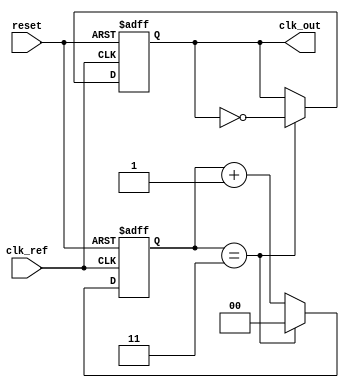
module high_performance_pll (
    input wire clk_ref,          // Reference clock input
    input wire reset,            // Asynchronous reset
    output wire clk_out          // Output clock
);

    // Parameters
    parameter DIV_FACTOR = 4;    // Frequency divider factor
    parameter VCO_MAX_FREQ = 100; // Maximum VCO frequency (arbitrary units)
    parameter VCO_MIN_FREQ = 10;  // Minimum VCO frequency (arbitrary units)

    // Internal signals
    reg [1:0] phase_error;        // Phase error signal from phase detector
    reg [7:0] control_voltage;     // Control voltage for VCO
    reg [7:0] vco_freq;            // Current frequency of VCO
    reg [7:0] filtered_voltage;     // Filtered control voltage
    reg clk_div;                   // Divided clock signal
    reg [1:0] divider_count;       // Divider counter

    // Phase Detector (Simple XOR for demonstration)
    always @(posedge clk_ref or posedge reset) begin
        if (reset) begin
            phase_error <= 2'b00;
        end else begin
            // Compare reference clock with divided output clock
            phase_error <= (clk_ref ^ clk_div) ? 2'b01 : 2'b00; // Simple phase error detection
        end
    end

    // Charge Pump
    always @(posedge clk_ref or posedge reset) begin
        if (reset) begin
            control_voltage <= 8'b0;
        end else begin
            if (phase_error == 2'b01) begin
                control_voltage <= control_voltage + 1; // Increase control voltage
            end else if (phase_error == 2'b10) begin
                control_voltage <= control_voltage - 1; // Decrease control voltage
            end
        end
    end

    // Loop Filter (Simple first-order low-pass filter)
    always @(posedge clk_ref or posedge reset) begin
        if (reset) begin
            filtered_voltage <= 8'b0;
        end else begin
            filtered_voltage <= (filtered_voltage + control_voltage) >> 1; // Simple averaging filter
        end
    end

    // Voltage-Controlled Oscillator (VCO)
    always @(posedge clk_ref or posedge reset) begin
        if (reset) begin
            vco_freq <= VCO_MIN_FREQ;
        end else begin
            // Adjust VCO frequency based on filtered voltage
            vco_freq <= VCO_MIN_FREQ + (filtered_voltage % (VCO_MAX_FREQ - VCO_MIN_FREQ));
        end
    end

    // Frequency Divider
    always @(posedge clk_ref or posedge reset) begin
        if (reset) begin
            divider_count <= 2'b00;
            clk_div <= 1'b0;
        end else begin
            if (divider_count == DIV_FACTOR - 1) begin
                clk_div <= ~clk_div; // Toggle divided clock
                divider_count <= 2'b00; // Reset counter
            end else begin
                divider_count <= divider_count + 1; // Increment counter
            end
        end
    end

    // Output Clock Buffer
    assign clk_out = clk_div;

endmodule